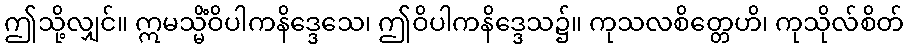
ဤသို့လျှင်။ ဣမသ္မိံဝိပါကနိဒ္ဒေသေ၊ ဤဝိပါကနိဒ္ဒေသ၌။ ကုသလစိတ္တေဟိ၊ ကုသိုလ်စိတ်